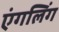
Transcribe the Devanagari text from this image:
एंगलिंग